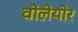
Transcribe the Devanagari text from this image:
वोलेयोर